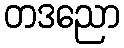
တဒညော